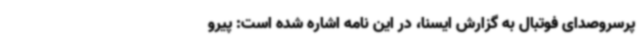
پرسروصدای فوتبال به گزارش ایسنا، در این نامه اشاره شده است: پیرو